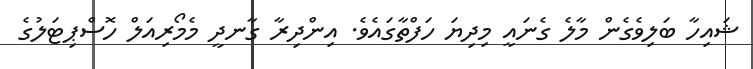
ޝައިހާ ބަލިވެގެން މާލެ ގެނައީ މިދިޔަ ހަފްތާގައެވެ. އިންދިރާ ގާނދީ މެމޯރިއަލް ހޮސްޕިޓަލުގެ